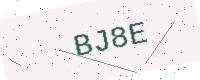
Text: BJ8E